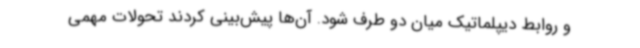
و روابط دیپلماتیک میان دو طرف شود. آن‌ها پیش‌بینی کردند تحولات مهمی